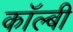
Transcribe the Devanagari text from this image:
कॉल्बी